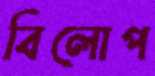
বিলোপ